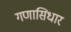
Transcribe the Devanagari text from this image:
गणासिधार